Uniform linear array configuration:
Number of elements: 32
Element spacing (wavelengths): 1
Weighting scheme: blackman
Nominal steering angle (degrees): -15
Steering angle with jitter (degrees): -15.221
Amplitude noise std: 0.05
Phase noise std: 0.05

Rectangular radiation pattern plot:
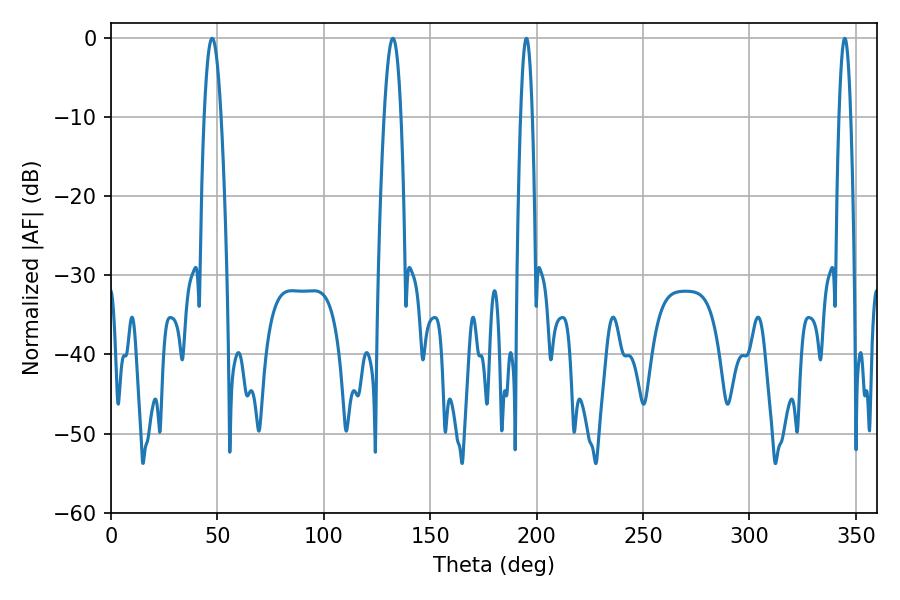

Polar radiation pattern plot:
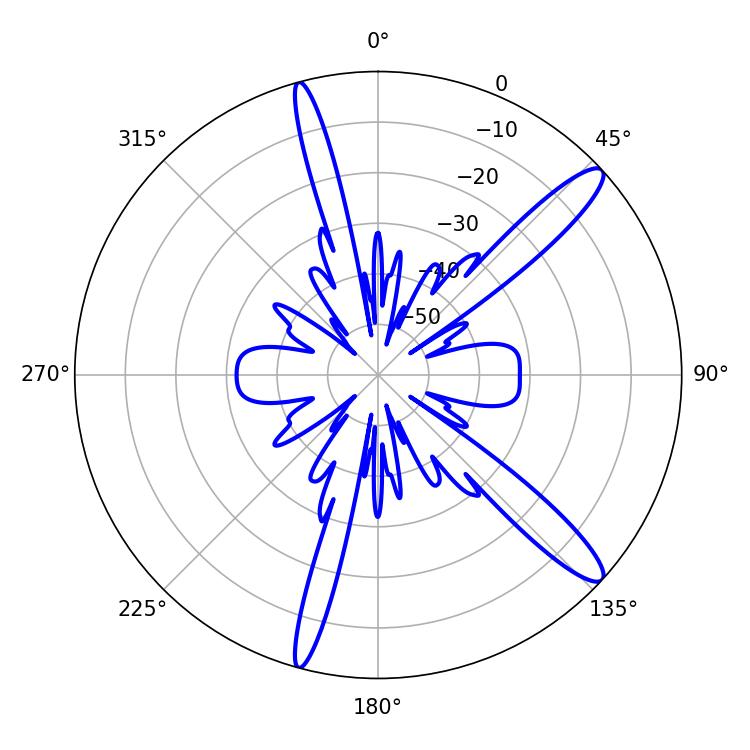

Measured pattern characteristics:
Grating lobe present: TRUE
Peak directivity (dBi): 13.382
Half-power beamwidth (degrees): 4.32
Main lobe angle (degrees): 47.52